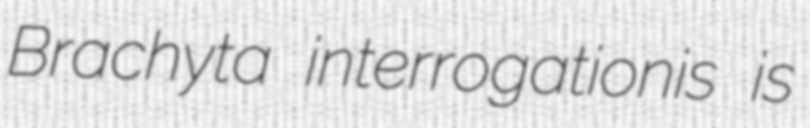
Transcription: Brachyta interrogationis is